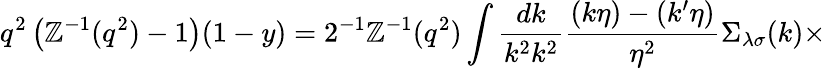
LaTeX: q^{2}\left(\mathbb{Z}^{-1}(q^{2})-1\right)(1-y)=2^{-1}\mathbb{Z}^{-1}(q^{2})\int\frac{{dk}}{{k^{2}k^{2}}}\frac{{(k\eta)-(k^{\prime}\eta)}}{{\eta^{2}}}\Sigma_{\lambda\sigma}(k)\times